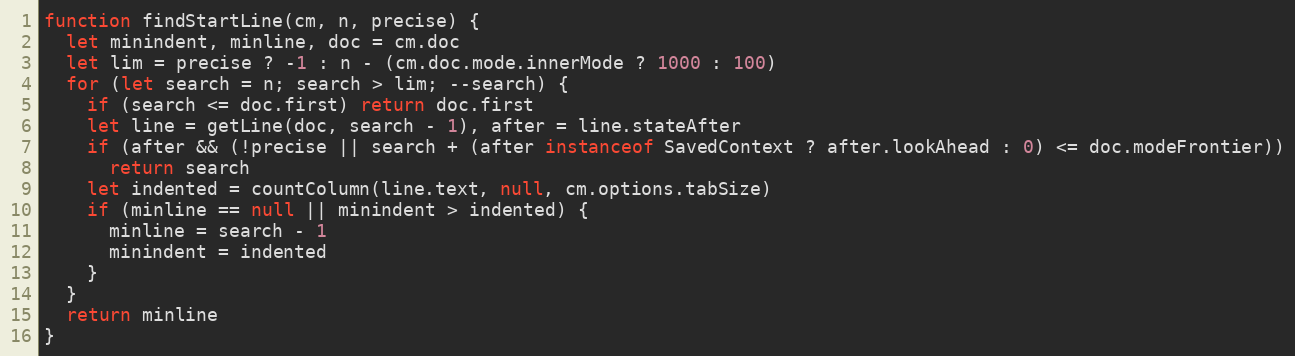
Language: JavaScript
function findStartLine(cm, n, precise) {
  let minindent, minline, doc = cm.doc
  let lim = precise ? -1 : n - (cm.doc.mode.innerMode ? 1000 : 100)
  for (let search = n; search > lim; --search) {
    if (search <= doc.first) return doc.first
    let line = getLine(doc, search - 1), after = line.stateAfter
    if (after && (!precise || search + (after instanceof SavedContext ? after.lookAhead : 0) <= doc.modeFrontier))
      return search
    let indented = countColumn(line.text, null, cm.options.tabSize)
    if (minline == null || minindent > indented) {
      minline = search - 1
      minindent = indented
    }
  }
  return minline
}